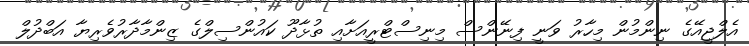
އެލްޖީއޭގެ ނިންމުން މިހާރު ވަނީ ފިނޭންސް މިނިސްޓްރީއަށާއި ތުޅާދޫ ކައުންސިލްގެ ޒިންމާދާރުވެރިޔާ އަބްދުލް